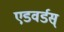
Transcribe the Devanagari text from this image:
एडवर्डस्‌